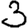
Digit: 3